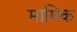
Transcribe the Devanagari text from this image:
मामिक